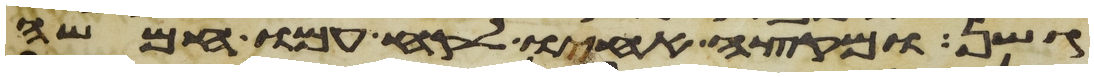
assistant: גשן ומקצה אחיו לקח עמו חמשה